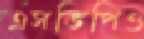
এসভিপিও